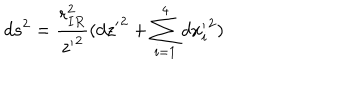
LaTeX: d s ^ { 2 } = \frac { r _ { I R } ^ { 2 } } { { z ^ { \prime } } ^ { 2 } } ( { d z ^ { \prime } } ^ { 2 } + \sum _ { i = 1 } ^ { 4 } { d x _ { i } ^ { \prime } } ^ { 2 } )